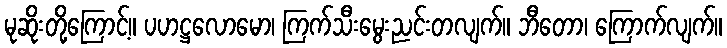
မုဆိုးတို့ကြောင့်။ ပဟဋ္ဌလောမော၊ ကြက်သီးမွေးညင်းတလျက်။ ဘီတော၊ ကြောက်လျက်။